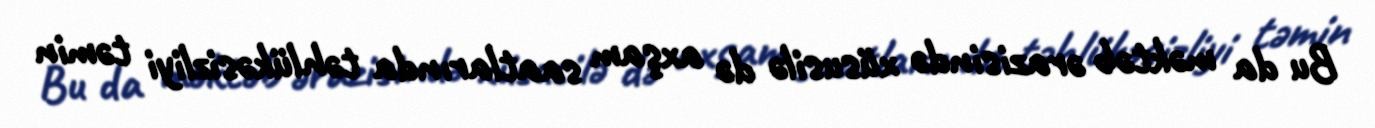
Bu da məktəb ərazisində xüsusilə də axşam saatlarında təhlükəsizliyi təmin